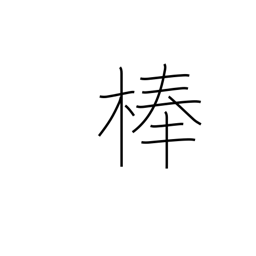
Meaning: pole